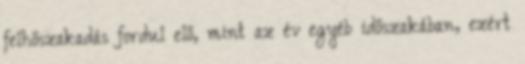
felhőszakadás fordul elő, mint az év egyéb időszakában, ezért